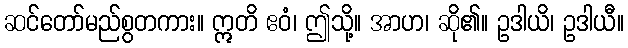
ဆင်တော်မည်စွတကား။ ဣတိ ဧဝံ၊ ဤသို့။ အာဟ၊ ဆို၏။ ဥဒါယိ၊ ဥဒါယီ။